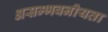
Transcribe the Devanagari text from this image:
असम्भवनीयता